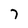
Character: 7